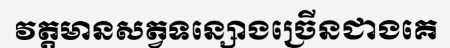
វត្តមានសត្វទន្សោងច្រើនជាងគេ